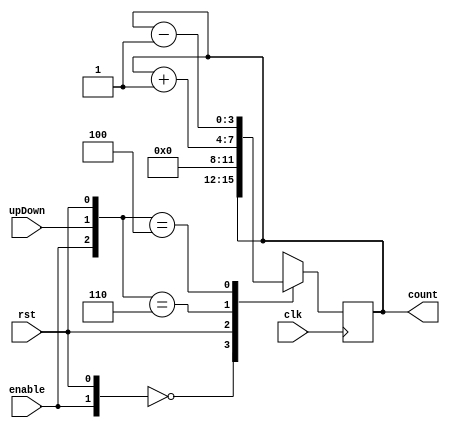
// 4-bit up/down counter
module Count4(clk,rst,enable,upDown, count);
   input clk, rst, enable, upDown;
   output reg [3:0] count;

always @(posedge clk) begin
            casex ({enable,upDown,rst})
                
                3'b0X0: count = count;
                3'bXX1: count = 0;
                3'b110: count = count + 1;
                3'b100: count = count - 1;

            endcase
    end
// insert code here 

endmodule  // Count4